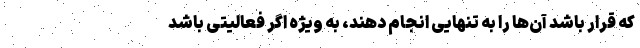
که قرار باشد آن‌ها را به تنهایی انجام دهند، به ویژه اگر فعالیتی باشد